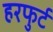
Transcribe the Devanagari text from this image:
हरफुर्ट